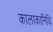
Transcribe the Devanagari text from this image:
कालाकानिधि